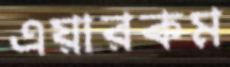
এয়ারকম